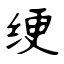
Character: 绠